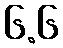
၆.၆